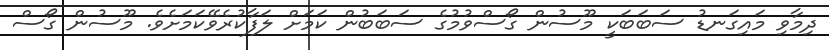
ދިމާވި މައިގަނޑު ސަބަބަކީ މޫސުން ގޯސްވުމުގެ ސަބަބުން ކަމަށް ލަފާކުރެވޭކަމަށެވެ. މޫސުން ގޯސް